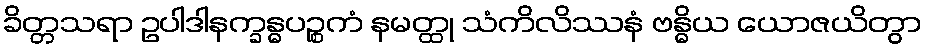
ခိတ္တသရာ ဥပါဒါနက္ခန္ဓပဉ္စကံ နမတ္ထု သံကိလိဿနံ ဗန္ဓိယ ယောဇယိတွာ